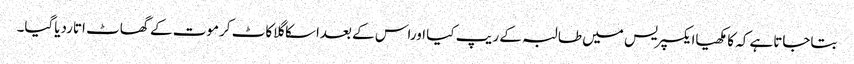
بتاجاتاہے کہ کامکھیاایکسپریس میں طالبہ کے ریپ کیا اوراس کے بعداسکاگلاکاٹ کرموت کے گھاٹ اتاردیاگیا۔